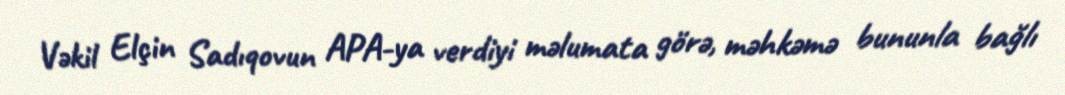
Vəkil Elçin Sadıqovun APA-ya verdiyi məlumata görə, məhkəmə bununla bağlı